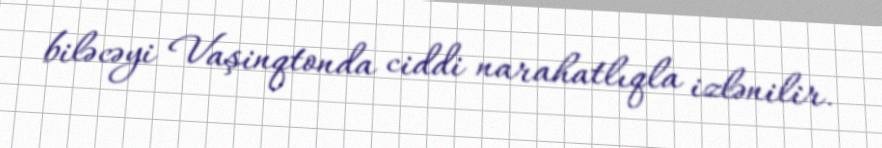
biləcəyi Vaşinqtonda ciddi narahatlıqla izlənilir.